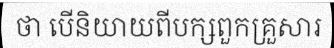
ថា បើនិយាយពីបក្សពួកគ្រួសារ